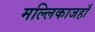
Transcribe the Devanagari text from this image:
मल्लिकाजहाँ